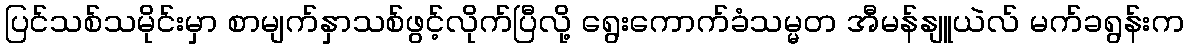
ပြင်သစ်သမိုင်းမှာ စာမျက်နှာသစ်ဖွင့်လိုက်ပြီလို့ ရွေးကောက်ခံသမ္မတ အီမန်နျူယဲလ် မက်ခရွန်းက